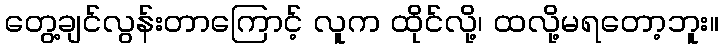
တွေ့ချင်လွန်းတာကြောင့် လူက ထိုင်လို့၊ ထလို့မရတော့ဘူး။